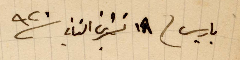
باريس ١٨ تشرين الثاني ١٩٢٠